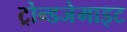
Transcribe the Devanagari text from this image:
ट्रोन्डजेमाइट